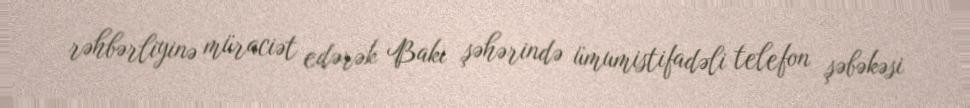
rəhbərliyinə müraciət edərək Bakı şəhərində ümumistifadəli telefon şəbəkəsi